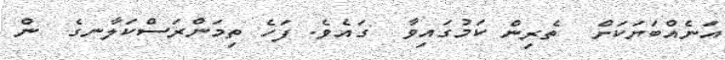
އަނެއްބަޔަކަށް  ތެރިން ކަމުގައިވާ  ގައެވެ. ފަހެ ތިމަންރަސްކަލާނގެ  ން